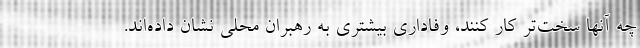
چه آنها سخت‌تر کار کنند، وفاداری بیشتری به رهبران محلی نشان داده‌اند.